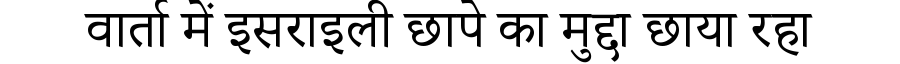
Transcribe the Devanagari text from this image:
वार्ता में इसराइली छापे का मुद्दा छाया रहा